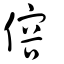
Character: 傛